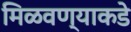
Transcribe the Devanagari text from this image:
मिळवण्याकडे